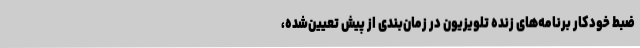
ضبط خودکار برنامه‌های زنده تلویزیون در زمان‌بندی از پیش تعیین‌شده،